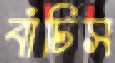
বাঁচিস